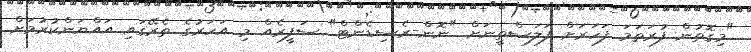
"މިގޮތުން ފުރަތަމަ ފަހަރަށް ފަލަސްތީނަށް "ނޮން-ރެސިޑެންޓް" ސަފީރެއް މި އަހަރުގެ ތެރޭގައި އައްޔަންކުރުމަށް